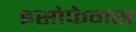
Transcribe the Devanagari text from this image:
इसोफेगस